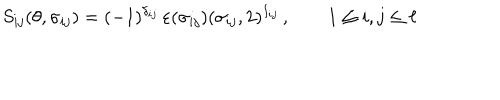
S _ { i j } ( \theta , \sigma _ { i j } ) = ( - 1 ) ^ { \delta _ { i j } } \, \varepsilon ( \sigma _ { i j } ) ( \sigma _ { i j } , 2 ) ^ { I _ { i j } } \, , \qquad 1 \leq i , j \leq \ell